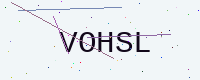
Text: VOHSL